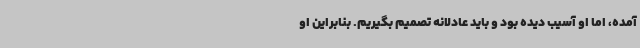
آمده، اما او آسیب دیده بود و باید عادلانه تصمیم بگیریم. بنابراین او